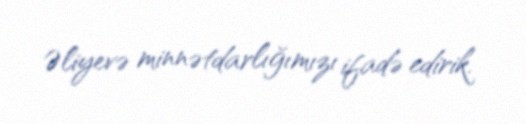
Əliyevə minnətdarlığımızı ifadə edirik.